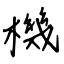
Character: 機